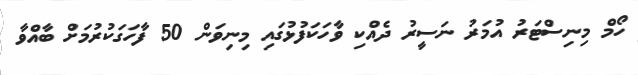
ހޯމް މިނިސްޓަރު އުމަރު ނަސީރު ދެއްކި ވާހަކަފުޅުގައި މިނިވަން 50 ފާހަގަކުރުމަށް ބާއްވާ